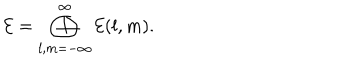
{ \cal E } = \bigoplus _ { l , m = - \infty } ^ { \infty } { \cal E } ( l , m ) .